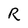
Character: R